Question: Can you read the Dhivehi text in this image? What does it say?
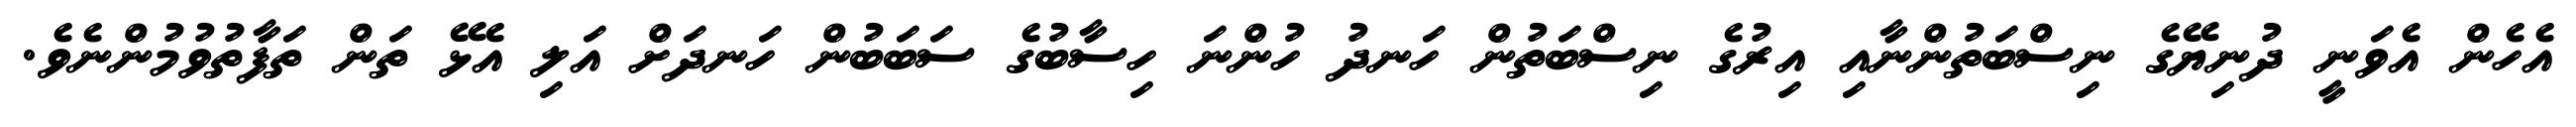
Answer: އެހެން އެވަނީ ދުނިޔޭގެ ނިސްބަތުންނާއި އިރުގެ ނިސްބަތުން ހަނދު ހުންނަ ހިސާބުގެ ސަބަބުން ހަނދަށް އަލި އެޅޭ ތަން ތަފާތުވުމުންނެވެ.